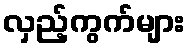
လှည့်ကွက်များ